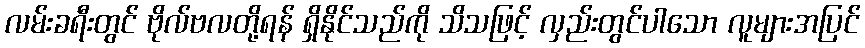
လမ်းခရီးတွင် ဗိုလ်ဗလတို့ရန် ရှိနိုင်သည်ကို သိသဖြင့် လှည်းတွင်ပါသော လူများအပြင်